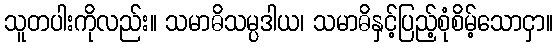
သူတပါးကိုလည်း။ သမာဓိသမ္ပဒါယ၊ သမာဓိနှင့်ပြည့်စုံစိမ့်သောငှာ။